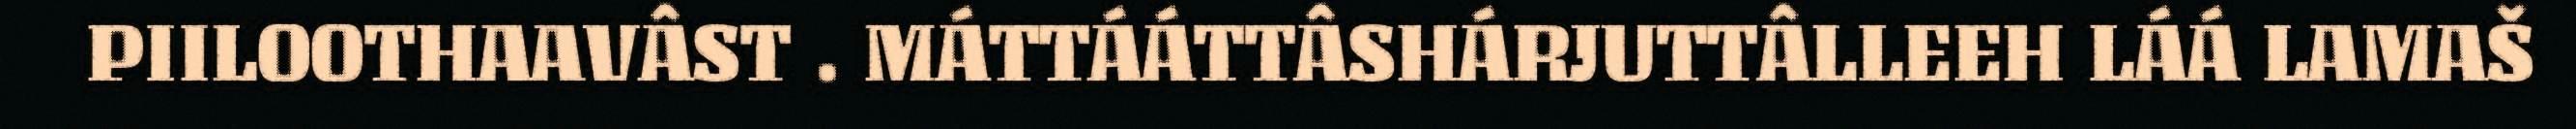
PIILOOTHAAVÂST . MÁTTÁÁTTÂSHÁRJUTTÂLLEEH LÁÁ LAMAŠ